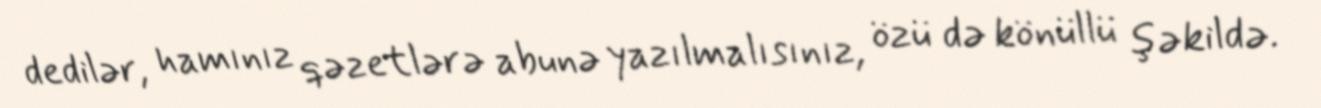
dedilər, hamınız qəzetlərə abunə yazılmalısınız, özü də könüllü şəkildə.